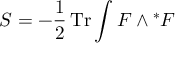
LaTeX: S = - \frac { 1 } { 2 } \, \mathrm { T r } \int F \wedge { ^ \ast F }